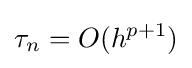
\tau _{n}=O(h^{p+1})